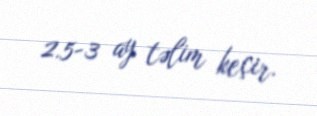
2.5-3 ay təlim keçir.